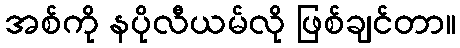
အစ်ကို နပိုလီယမ်လို ဖြစ်ချင်တာ။